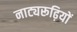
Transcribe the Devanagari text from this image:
नाट्यरूढ़ियों